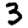
Digit: 3